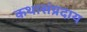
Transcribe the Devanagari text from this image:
कथासंप्रदाय